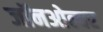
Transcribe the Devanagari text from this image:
जॉनओल्वर